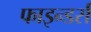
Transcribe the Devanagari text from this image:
फाइन्डर्स